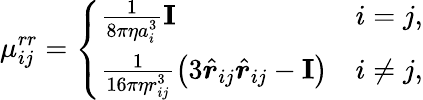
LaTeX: \mu_{ij}^{rr}=\left\{ \begin{array}{ll}{\frac{1}{8\pi\eta a_{i}^{3}}\mathbf{I}}&{i=j,}\\ {\frac{1}{16\pi\eta r_{ij}^{3}}\left(3\hat{\boldsymbol{r}}_{ij}\hat{\boldsymbol{r}}_{ij}-\mathbf{I}\right)}&{i\neq j,}\end{array}\right.